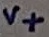
Text: V+